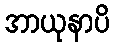
အာယုနာပိ